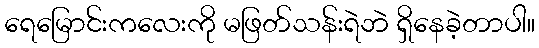
ရေမြောင်းကလေးကို မဖြတ်သန်းရဲဘဲ ရှိနေခဲ့တာပါ။